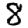
Digit: 8